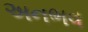
અનભવ